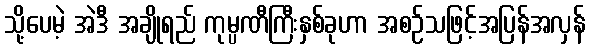
သို့ပေမဲ့ အဲဒီ အချိုရည် ကုမ္ပဏီကြီးနှစ်ခုဟာ အစဉ်သဖြင့်အပြန်အလှန်